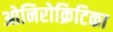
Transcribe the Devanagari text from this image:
ओनिरोक्रिटिका